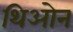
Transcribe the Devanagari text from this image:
थिओन